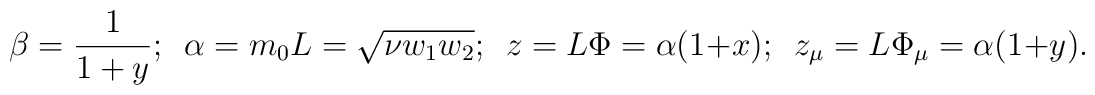
\beta=\frac 1 {1+y};\,\,\, \alpha =m_0 L = \sqrt{\nu w_{1}w_{2}};\,\,\,z=L\Phi=\alpha (1+x); \,\,\,z_{\mu}=L\Phi_{\mu}=\alpha (1+y).